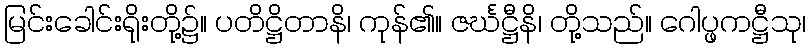
မြင်းခေါင်းရိုးတို့၌။ ပတိဋ္ဌိတာနိ၊ ကုန်၏။ ဇင်္ဃဋ္ဌီနိ၊ တို့သည်။ ဂေါပ္ဖကဋ္ဌီသု၊